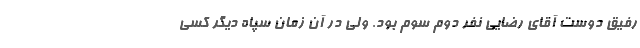
رفیق دوست آقای رضایی نفر دوم سوم بود. ولی در آن زمان سپاه دیگر کسی